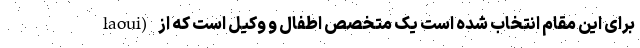
laoui) برای این مقام انتخاب شده است یک متخصص اطفال و وکیل است که از